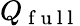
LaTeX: Q_{\mathrm{~f~u~l~l~}}